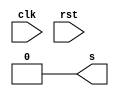
module clk_div(clk, rst, s);
	input clk, rst;
	output s;

	reg s;
	
	integer clkCount = 0;
	parameter S0 = 1'b0, S1 = 1'b1;

	initial
		s = S0;

	always @(negedge rst)
		begin
			s = S0;
			clkCount = 0;
		end
	
	always@(posedge clk)
		begin
			clkCount = clkCount+1;
			case(s)
				S0:
					if(clkCount>=500000)
						begin
							s = S1;
							clkCount = 0;
						end
					else
						s = S0;
				S1:
					if(clkCount>=500000)
						begin
							s = S0;
							clkCount = 0;
						end
					else
						s = S1;
			endcase
		end
endmodule